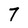
Character: 7